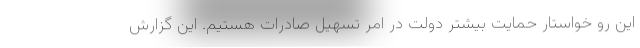
این رو خواستار حمایت بیشتر دولت در امر تسهیل صادرات هستیم. این گزارش